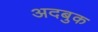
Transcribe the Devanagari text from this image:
अदबुक